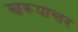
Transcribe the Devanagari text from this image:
स्वरूपान्तर